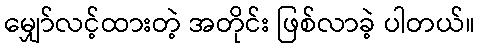
မျှော်လင့်ထားတဲ့ အတိုင်း ဖြစ်လာခဲ့ ပါတယ်။